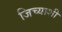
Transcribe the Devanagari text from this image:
जिच्याशी